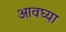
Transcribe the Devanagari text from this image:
आवघ्या